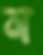
ন